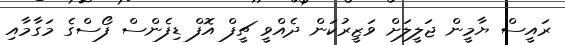
ރައީސް ޔާމީން ޖަލީލަށް ވަޒީރުކަން ދެއްވީ ޗީފް އޮފް ޑިފެންސް ފޯސްގެ މަގާމާއި